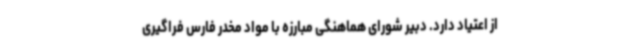
از اعتیاد دارد. دبیر شورای هماهنگی مبارزه با مواد مخدر فارس فراگیری